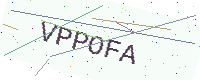
Text: VPPOFA